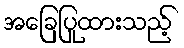
အခြေပြုထားသည့်